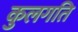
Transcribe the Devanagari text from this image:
कुलगति